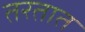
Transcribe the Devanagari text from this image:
तरतात